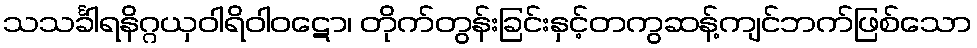
သသင်္ခါရနိဂ္ဂယှဝါရိဝါဝဋော၊ တိုက်တွန်းခြင်းနှင့်တကွဆန့်ကျင်ဘက်ဖြစ်သော